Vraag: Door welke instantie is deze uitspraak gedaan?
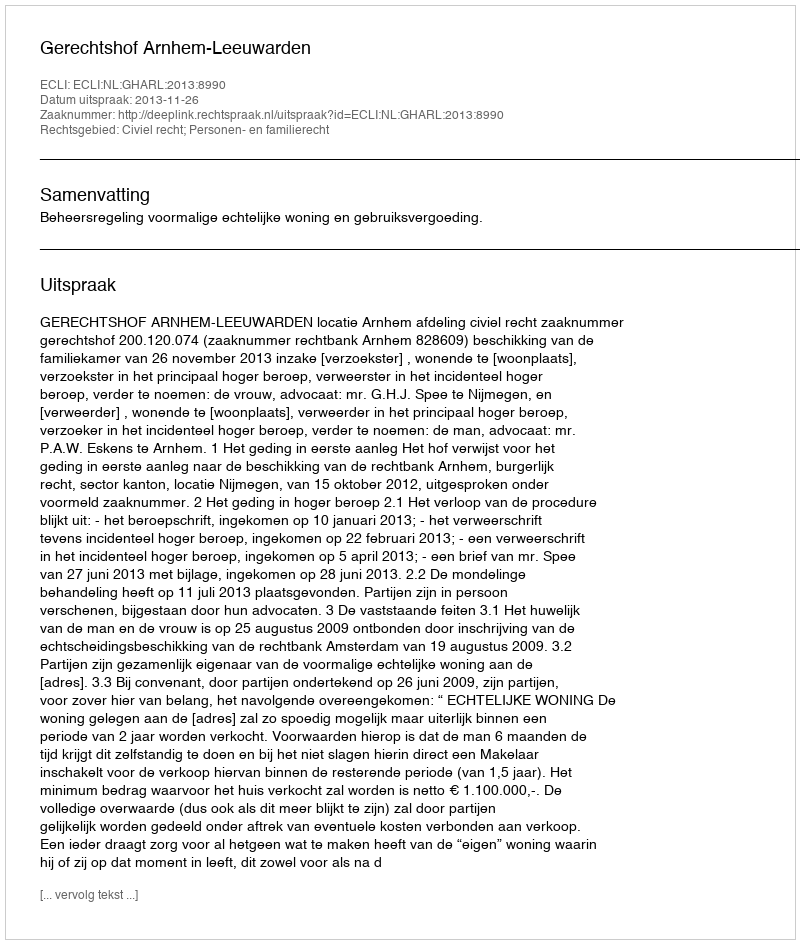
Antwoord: Gerechtshof Arnhem-Leeuwarden